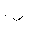
Letter: _dal